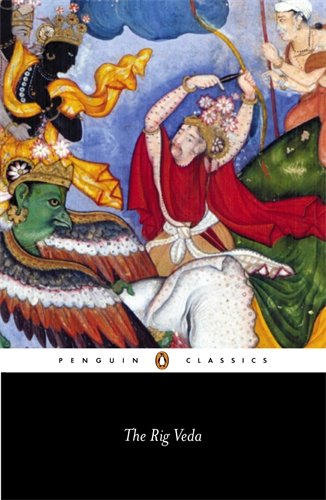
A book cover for The Rig Veda (Penguin Classics); Anonymous; Religion & Spirituality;